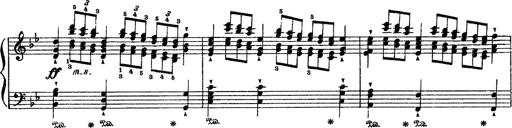
Title: Sarabande und Chaconne aus dem Singspiel
Composer: Franz Liszt